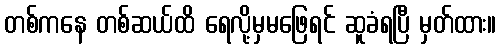
တစ်ကနေ တစ်ဆယ်ထိ ရေလို့မှမဖြေရင် ဆူခံရပြီ မှတ်ထား။